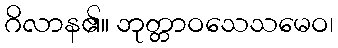
ဂိလာန၏။ ဘုတ္တာဝသေသမေဝ၊